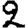
Digit: 2